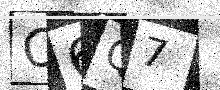
Text: O6Q7